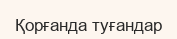
Қорғанда туғандар